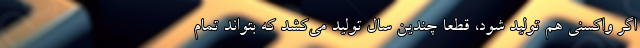
اگر واکسنی هم تولید شود، قطعا چندین سال تولید می‌‌‌کشد که بتواند تمام